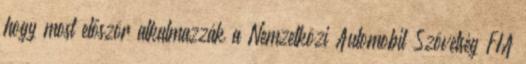
hogy most először alkalmazzák a Nemzetközi Automobil Szövetség FIA